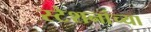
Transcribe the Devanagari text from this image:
स्टेशनांच्या